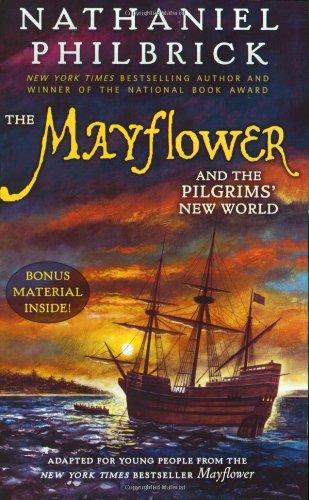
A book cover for The Mayflower and the Pilgrims' New World; Nathaniel Philbrick; Children's Books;